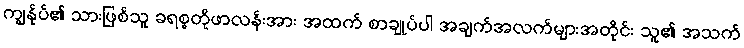
ကျွန်ုပ်၏ သားဖြစ်သူ ခရစ္စတိုဖာလန်းအား အထက် စာချုပ်ပါ အချက်အလက်များအတိုင်း သူ၏ အသက်